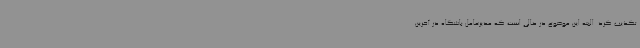
تکذیب کرد. البته این‌ موضوع در حالی است که مدیرعامل باشگاه در آخرین